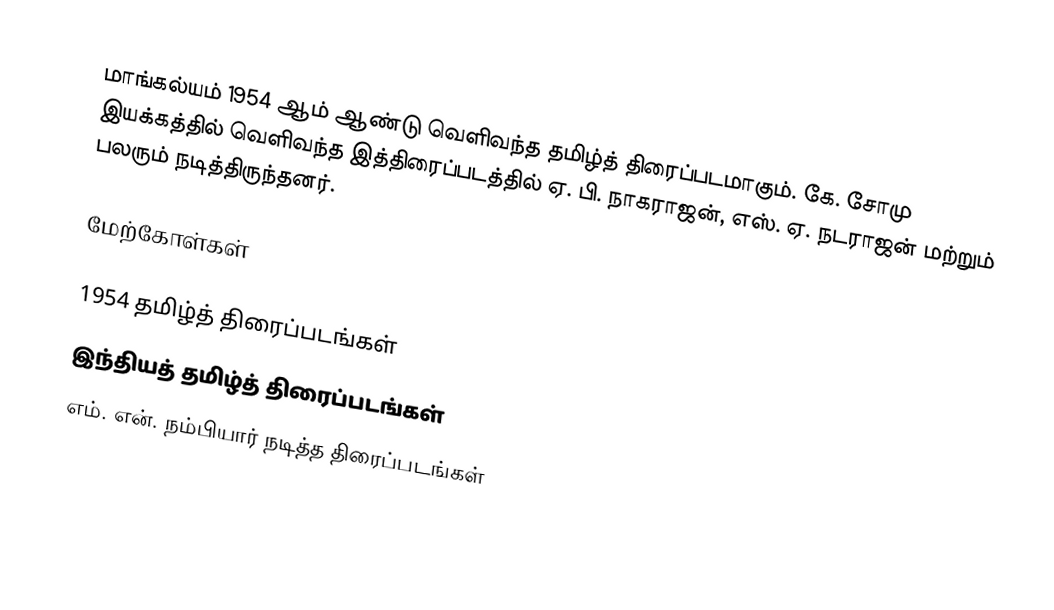
மாங்கல்யம் 1954 ஆம் ஆண்டு வெளிவந்த தமிழ்த் திரைப்படமாகும். கே. சோமு இயக்கத்தில் வெளிவந்த இத்திரைப்படத்தில் ஏ. பி. நாகராஜன், எஸ். ஏ. நடராஜன் மற்றும் பலரும் நடித்திருந்தனர்.

மேற்கோள்கள்

1954 தமிழ்த் திரைப்படங்கள்
இந்தியத் தமிழ்த் திரைப்படங்கள்
எம். என். நம்பியார் நடித்த திரைப்படங்கள்